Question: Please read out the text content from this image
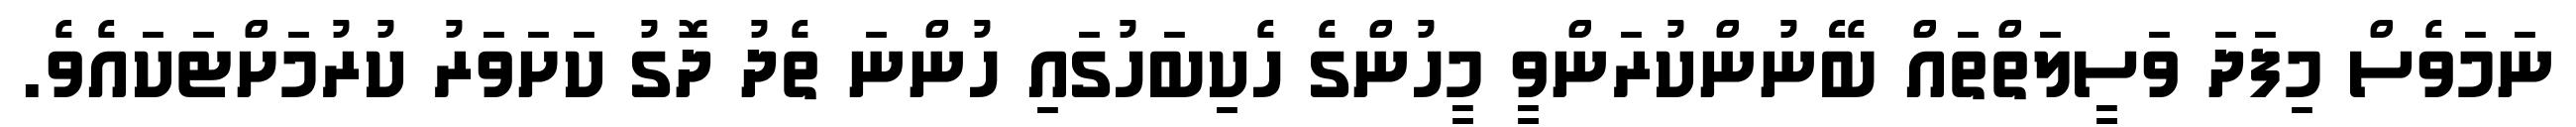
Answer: ނަމަވެސް މިފަދަ ވަސީލަތްތައް ބޭނުންކުރަންވީ މީހުންގެ ހެކިބަހުގައި ހުންނަ ތެދު ދޮގު ކަށަވަރު ކުރުމަށްޓަކައެވެ.